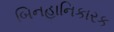
બિનહાનિકારક